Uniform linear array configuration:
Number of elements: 4
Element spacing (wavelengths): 0.75
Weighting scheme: uniform
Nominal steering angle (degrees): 30
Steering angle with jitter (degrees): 28.228
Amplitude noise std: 0.05
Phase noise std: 0.05

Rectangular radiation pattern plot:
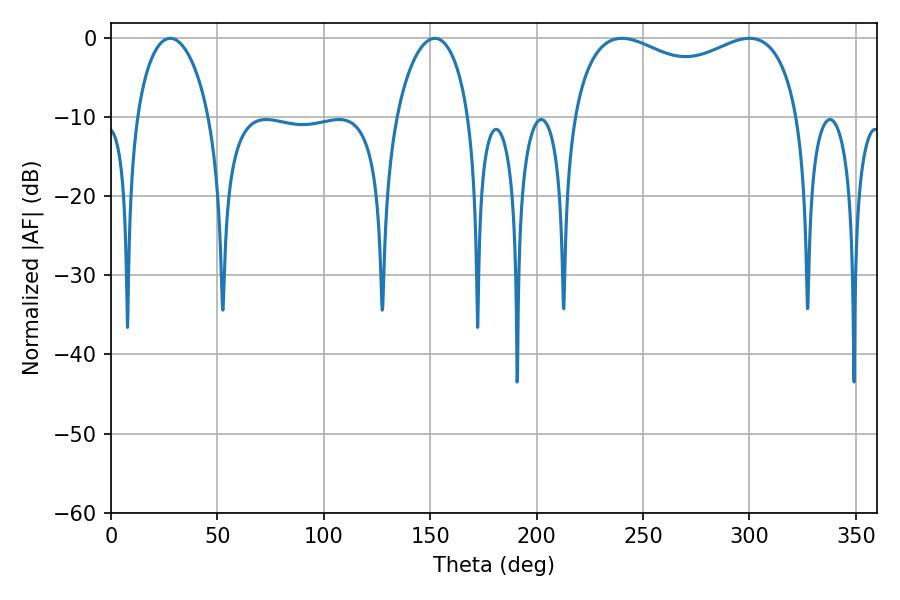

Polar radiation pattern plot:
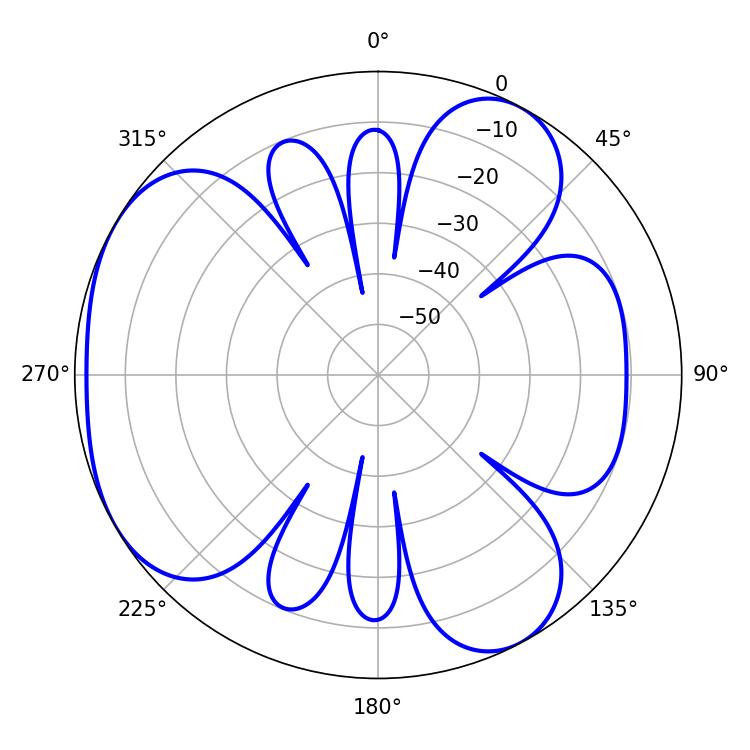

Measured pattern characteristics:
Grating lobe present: TRUE
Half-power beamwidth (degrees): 88.2
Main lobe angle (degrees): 240.12